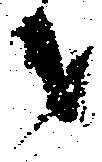
才